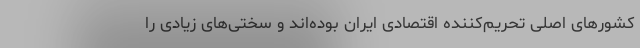
کشورهای اصلی تحریم‌کننده اقتصادی ایران بوده‌اند و سختی‌های زیادی را